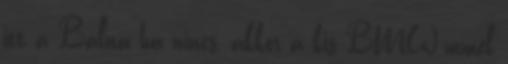
itt a Bálna ha nincs, akkor a kis BMW-mmel